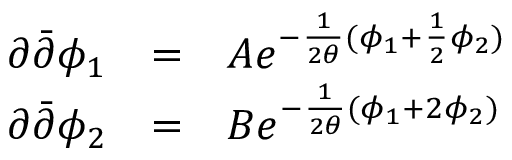
\begin{array} { l c l } { { \partial { \bar { \partial } } \phi _ { 1 } } } & { { = } } & { { A e ^ { - \frac { 1 } { 2 \theta } ( \phi _ { 1 } + \frac { 1 } { 2 } \phi _ { 2 } ) } } } \\ { { \partial { \bar { \partial } } \phi _ { 2 } } } & { { = } } & { { B e ^ { - \frac { 1 } { 2 \theta } ( \phi _ { 1 } + 2 \phi _ { 2 } ) } } } \end{array}